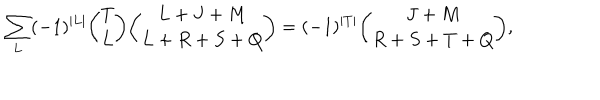
\sum _ { L } ( - 1 ) ^ { \vert L \vert } { \binom { T } { L } } { \binom { L + J + M } { L + R + S + Q } } = ( - 1 ) ^ { \vert T \vert } { \binom { J + M } { R + S + T + Q } } ,